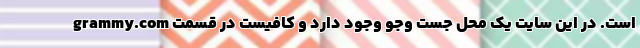
grammy.com است. در این سایت یک محل جست وجو وجود دارد و کافیست در قسمت